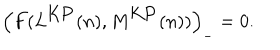
\left( F ( L ^ { \mathrm { K P } } ( n ) , M ^ { \mathrm { K P } } ( n ) ) \right) _ { - } = 0 .